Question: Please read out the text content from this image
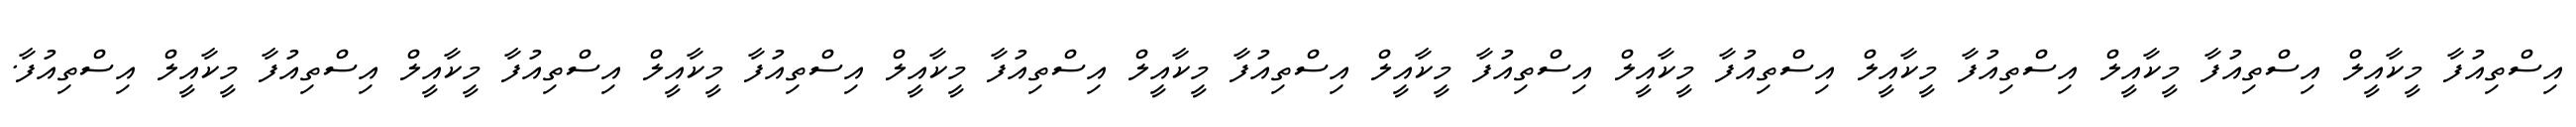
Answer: އިސްތިއުފާ މީކާއީލް އިސްތިއުފާ މީކާއީލް އިސްތިއުފާ މީކާއީލް އިސްތިއުފާ މީކާއީލް އިސްތިއުފާ މީކާއީލް އިސްތިއުފާ މީކާއީލް އިސްތިއުފާ މީކާއީލް އިސްތިއުފާ މީކާއީލް އިސްތިއުފާ މީކާއީލް އިސްތިއުފާ މީކާއީލް އިސްތިއުފާ.